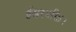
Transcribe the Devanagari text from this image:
ईश्वरभक्ति।